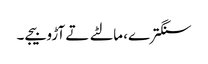
سنگترے، مالٹے تے آڑو بیجے۔